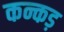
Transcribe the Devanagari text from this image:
कन्कड़